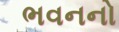
ભવનનો